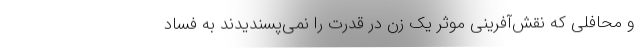
و محافلی که نقش‌آفرینی موثر یک زن در قدرت را نمی‌پسندیدند به فساد